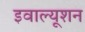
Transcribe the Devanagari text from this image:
इवाल्यूशन